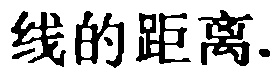
线的距离.